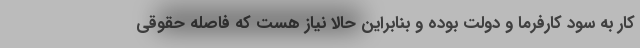
کار به سود کارفرما و دولت بوده و بنابراین حالا نیاز هست که فاصله حقوقی